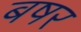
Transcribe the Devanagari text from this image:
बषर